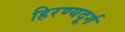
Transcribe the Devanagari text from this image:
हिरण्यदूर्ग